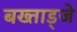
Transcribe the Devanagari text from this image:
बख्ताड्जे